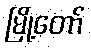
မြို့တော်